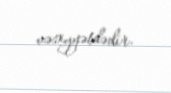
vəziyyətdədir.